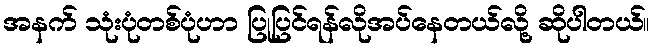
အနက် သုံးပုံတစ်ပုံဟာ ပြုပြင်ရန်လိုအပ်နေတယ်လို့ ဆိုပါတယ်။